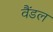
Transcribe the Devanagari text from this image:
वैंडल